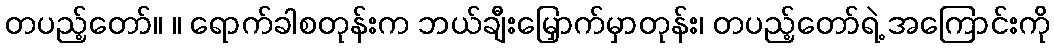
တပည့်တော်။ ။ ရောက်ခါစတုန်းက ဘယ်ချီးမြှောက်မှာတုန်း၊ တပည့်တော်ရဲ့ အကြောင်းကို